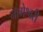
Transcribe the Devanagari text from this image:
नागेश्वरी